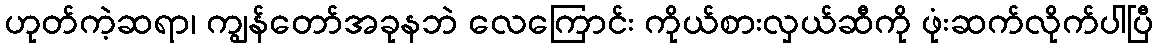
ဟုတ်ကဲ့ဆရာ၊ ကျွန်တော်အခုနဘဲ လေကြောင်း ကိုယ်စားလှယ်ဆီကို ဖုံးဆက်လိုက်ပါပြီ